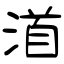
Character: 渞